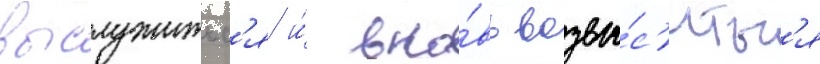
выслужитьс'я и́ вно́вь возвы́с'итьс'я